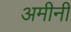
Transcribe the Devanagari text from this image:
अमीनी